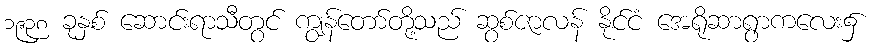
၁၉၃၈ ခုနှစ် ဆောင်းရာသီတွင် ကျွန်တော်တို့သည် ဆွစ်ဇာလန် နိုင်ငံ အေရိုဆာရွာကလေး၌